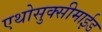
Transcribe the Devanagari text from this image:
एथोसुक्सीमाईड